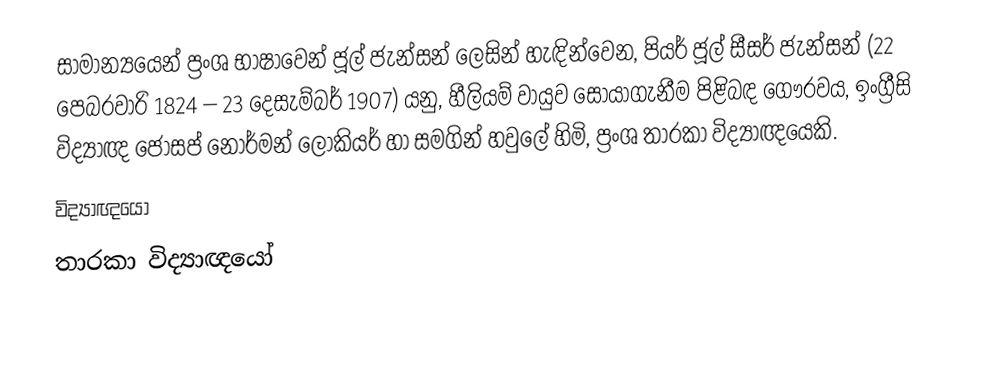
සාමාන්‍යයෙන් ප්‍රංශ භාෂාවෙන් ජූල් ජැන්සන් ලෙසින් හැඳින්වෙන, පියර් ජූල් සීසර් ජැන්සන් (22 පෙබරවාරි 1824 – 23 දෙසැම්බර් 1907) යනු,  හීලියම් වායුව සොයාගැනීම පිළිබඳ ගෞරවය, ඉංග්‍රීසි විද්‍යාඥ ජෝසප් නෝර්මන් ලෝකියර් හා සමගින් හවුලේ හිමි, ප්‍රංශ තාරකා විද්‍යාඥයෙකි.
විද්‍යාඥයෝ
තාරකා විද්‍යාඥයෝ